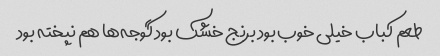
طعم کباب خیلی خوب بود برنج خشک بود گوجه‌ها هم نپخته بود